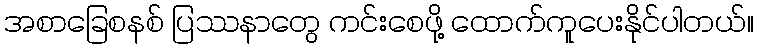
အစာခြေစနစ် ပြဿနာတွေ ကင်းစေဖို့ ထောက်ကူပေးနိုင်ပါတယ်။